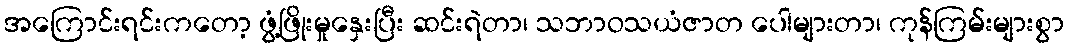
အကြောင်းရင်းကတော့ ဖွံ့ဖြိုးမှုနှေးပြီး ဆင်းရဲတာ၊ သဘာဝသယံဇာတ ပေါများတာ၊ ကုန်ကြမ်းများစွာ